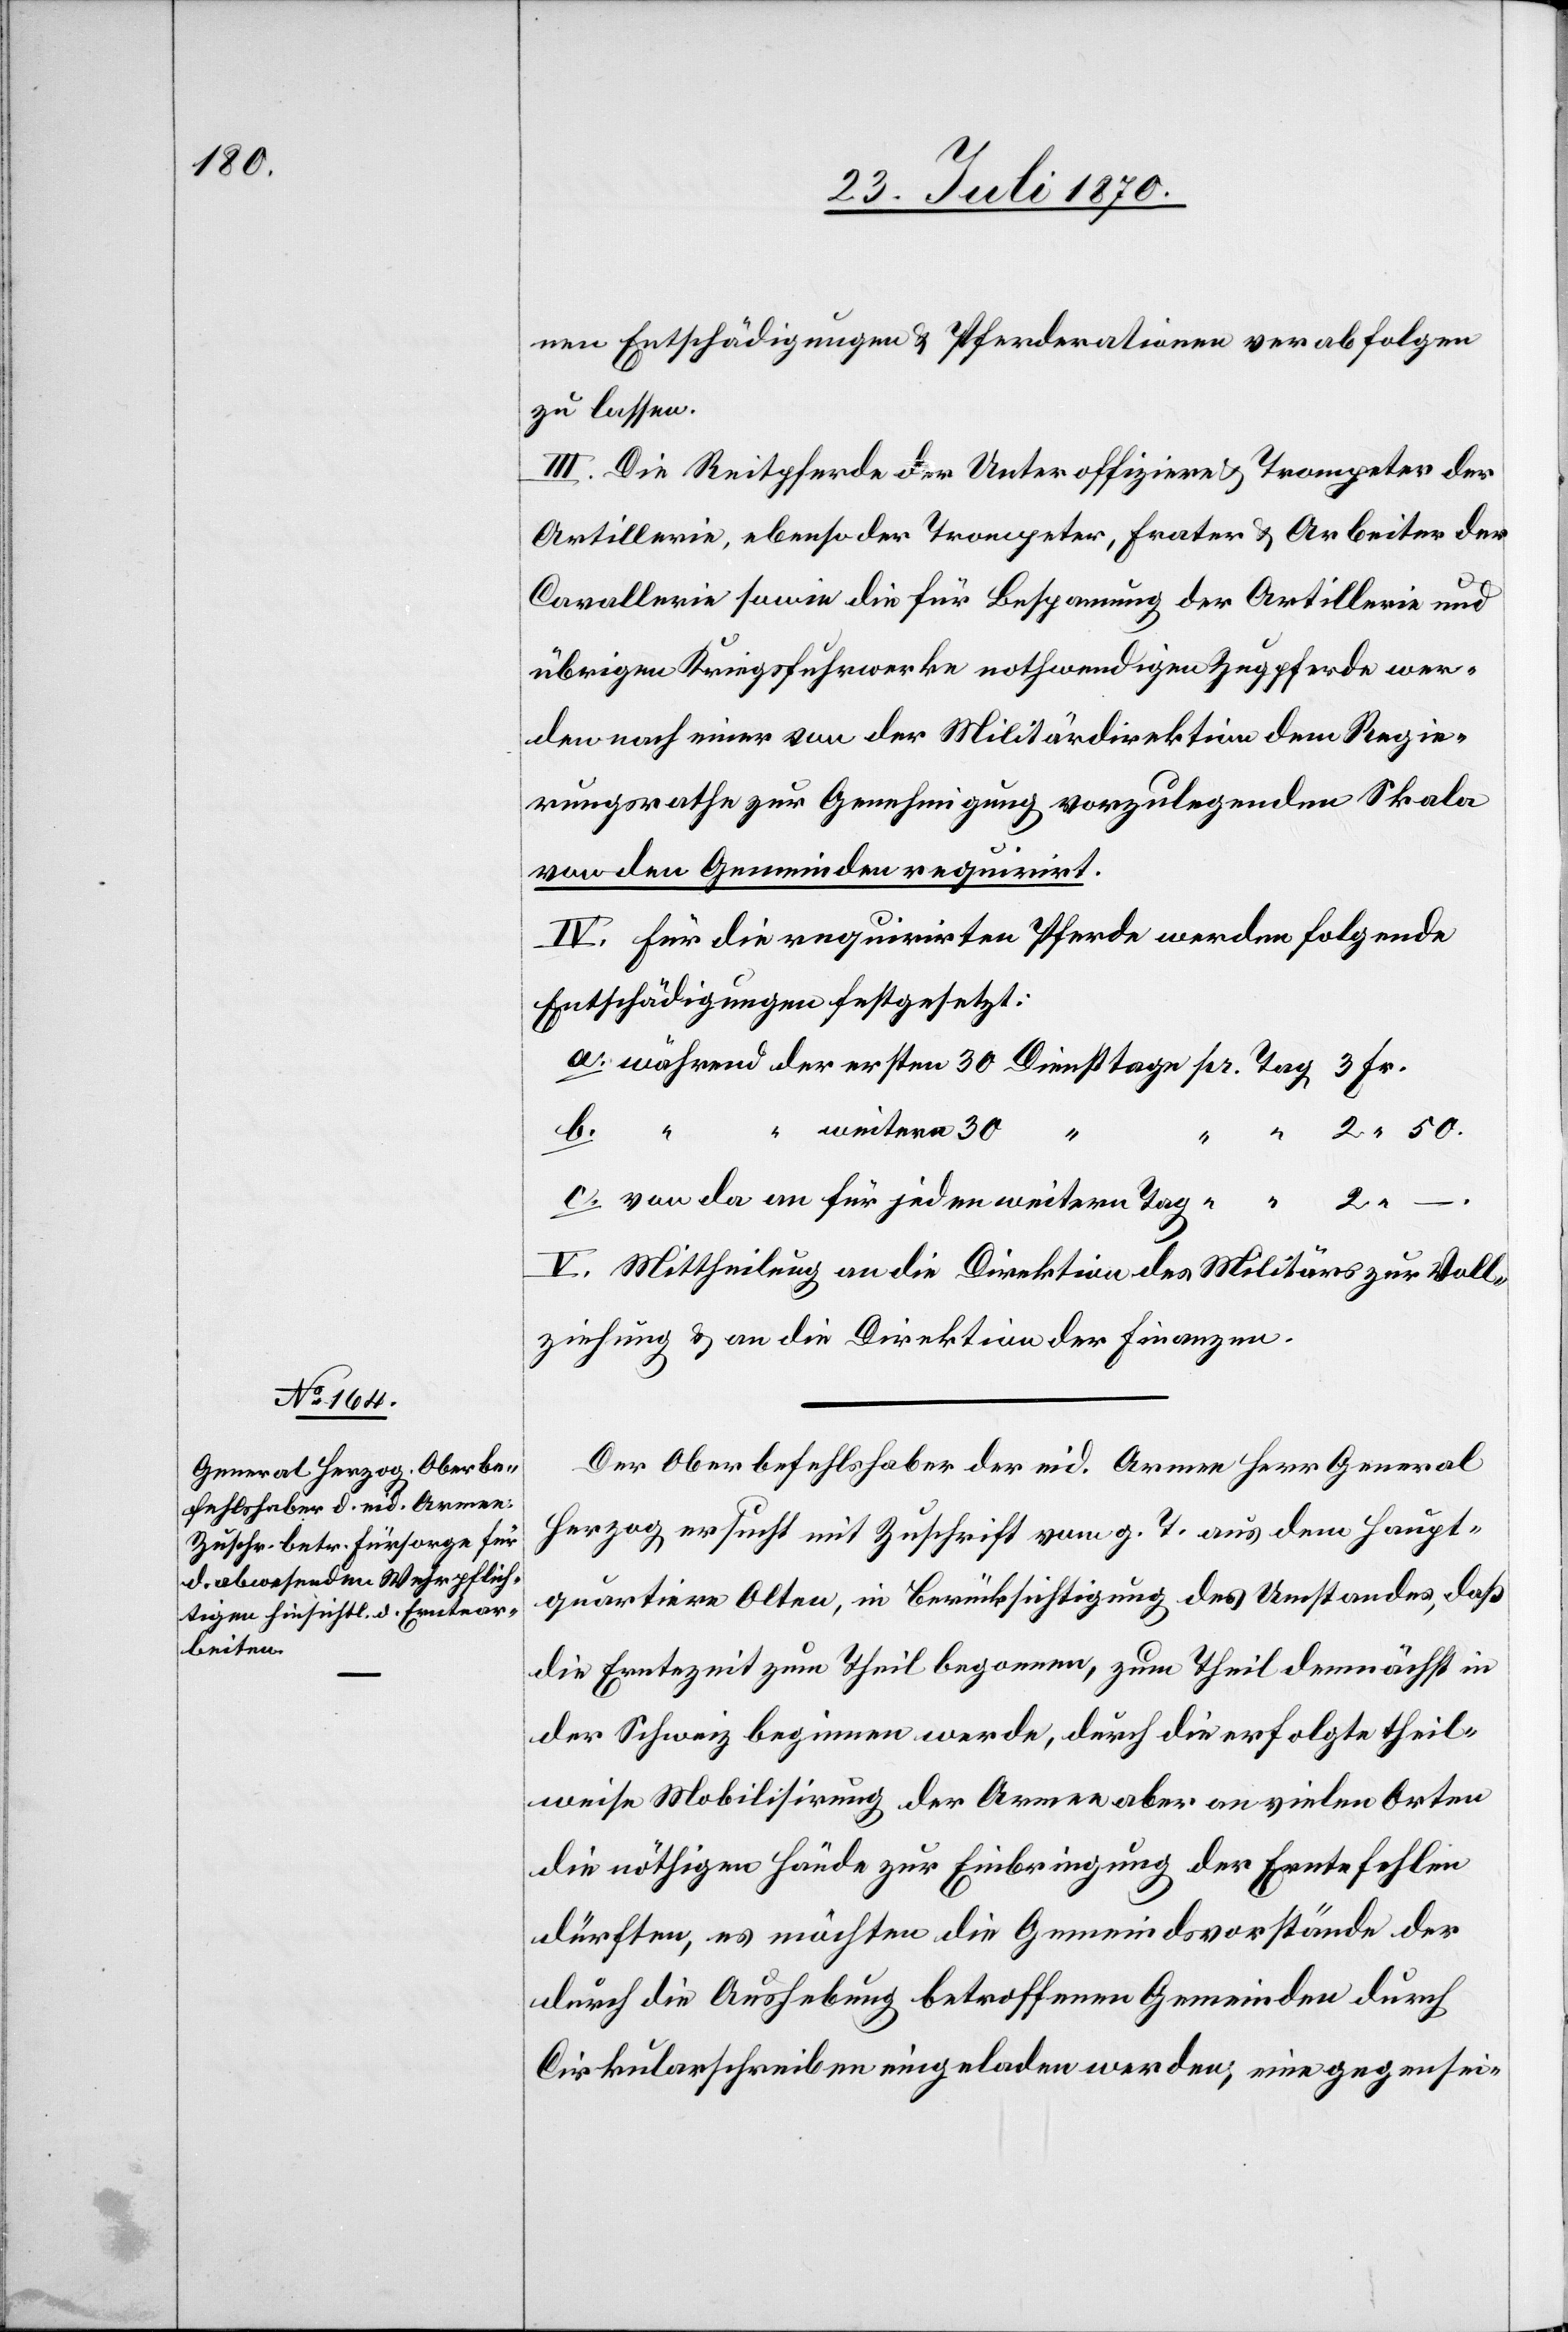
2.50.

weitere

nen Entschädigungen & Pferderationen verabfolgen
zu lassen.
III. die Reitpferde der Unteroffiziere & Trompeter der
Artillerie, ebenso der Trompeter, Frater & Arbeiter der
Cavallerie sowie die für Bespannung der Artillerie und
übrigen Kriegsfuhrwerke nothwendigen Zugpferde wer¬
den nach einer von der Militärdirektion dem Regie¬
rungsrathe zur Genehmigung vorzulegenden Skala
Fr.
von den Gemeinden requirirt.
IV. Für die requirirten Pferde werden folgende
Entschädigungen festgesetzt:
2.–.
“
von da an für jeden weitern Tag
V. Mittheilung an die Direktion des Militärs zur Voll¬
ziehung & an die Direktion der Finanzen.
Der Oberbefehlshaber der eid. Armee Herr General
Herzog ersucht mit Zuschrift vom g. T. aus dem Haupt¬
quartiere Olten, in Berücksichtigung des Umstandes, daß
die Erntezeit zum Theil begonnen, zum Theil demnächst in
der Schweiz beginnen werde, durch die erfolgte theil¬
weise Mobilisirung der Armee aber an vielen Orten
die nöthigen Hände zur Einbringung der Ernte fehlen
dürften, es möchten die Gemeindsvorstände der
durch die Aushebung betroffenen Gemeinden durch
Cirkularschreiben eingeladen werden, eine gegensei-